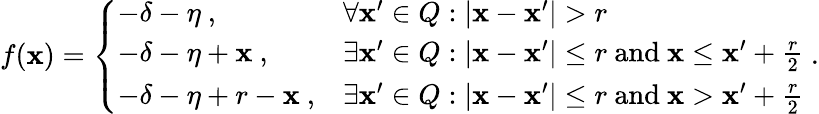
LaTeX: f(\mathbf x)=\left\{ \begin{array}{ll}{-\delta-\eta~,}&{\forall\mathbf x^{\prime}\in Q:|\mathbf x-\mathbf x^{\prime}|>r}\\ {-\delta-\eta+\mathbf x~,}&{\exists\mathbf x^{\prime}\in Q:|\mathbf x-\mathbf x^{\prime}|\leq r\textnormal{~~and~~}\mathbf x\leq\mathbf x^{\prime}+\frac{r}{2}}\\ {-\delta-\eta+r-\mathbf x~,}&{\exists\mathbf x^{\prime}\in Q:|\mathbf x-\mathbf x^{\prime}|\leq r\textnormal{~~and~~}\mathbf x>\mathbf x^{\prime}+\frac{r}{2}}\end{array}\right.~.